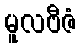
မူလဗီဇံ